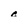
Character: c